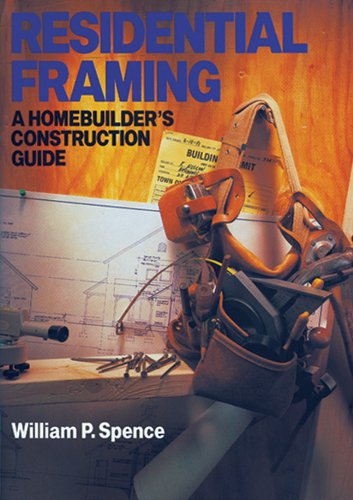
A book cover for Residential Framing: A Homebuilder's Construction Guide; William P. Spence; Crafts, Hobbies & Home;